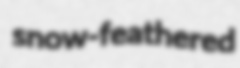
snow-feathered